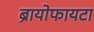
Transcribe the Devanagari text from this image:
ब्रायोफायटा